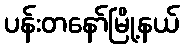
ပန်းတနော်မြို့နယ်